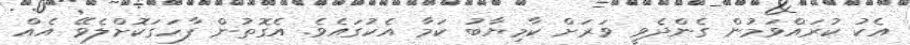
އެކު ކުރައްވަމުން ގެންދެވީ ވަރަށް ކާމިޔާބު ކަމާ އެކުގައެވެ. އެގޮތުން ފާހަގަކޮށްލެވޭ އެއް